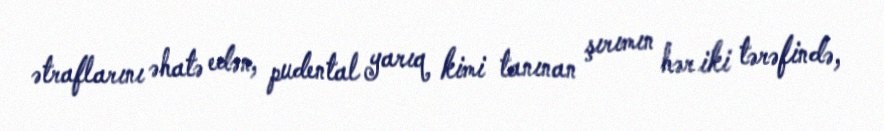
ətraflarını əhatə edən, pudental yarıq kimi tanınan şırımın hər iki tərəfində,